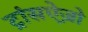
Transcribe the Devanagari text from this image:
ट्रांसऐज़ो